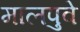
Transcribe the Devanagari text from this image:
मालपुवे